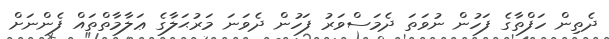
ދެތިން ހަފްތާގެ ފަހުން ނުވަތަ ދެމަސްވަރު ފަހުން ދެވަނަ މަރުޙަލާގެ ޢަލާމާތްތައް ފެންނަށް